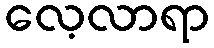
လေ့လာရာ